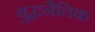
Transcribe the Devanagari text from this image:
युद्धनैतिक